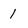
Character: 1